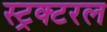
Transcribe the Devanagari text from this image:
स्ट्रक्टरल